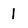
Character: I